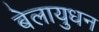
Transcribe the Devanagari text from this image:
बेलायुधन